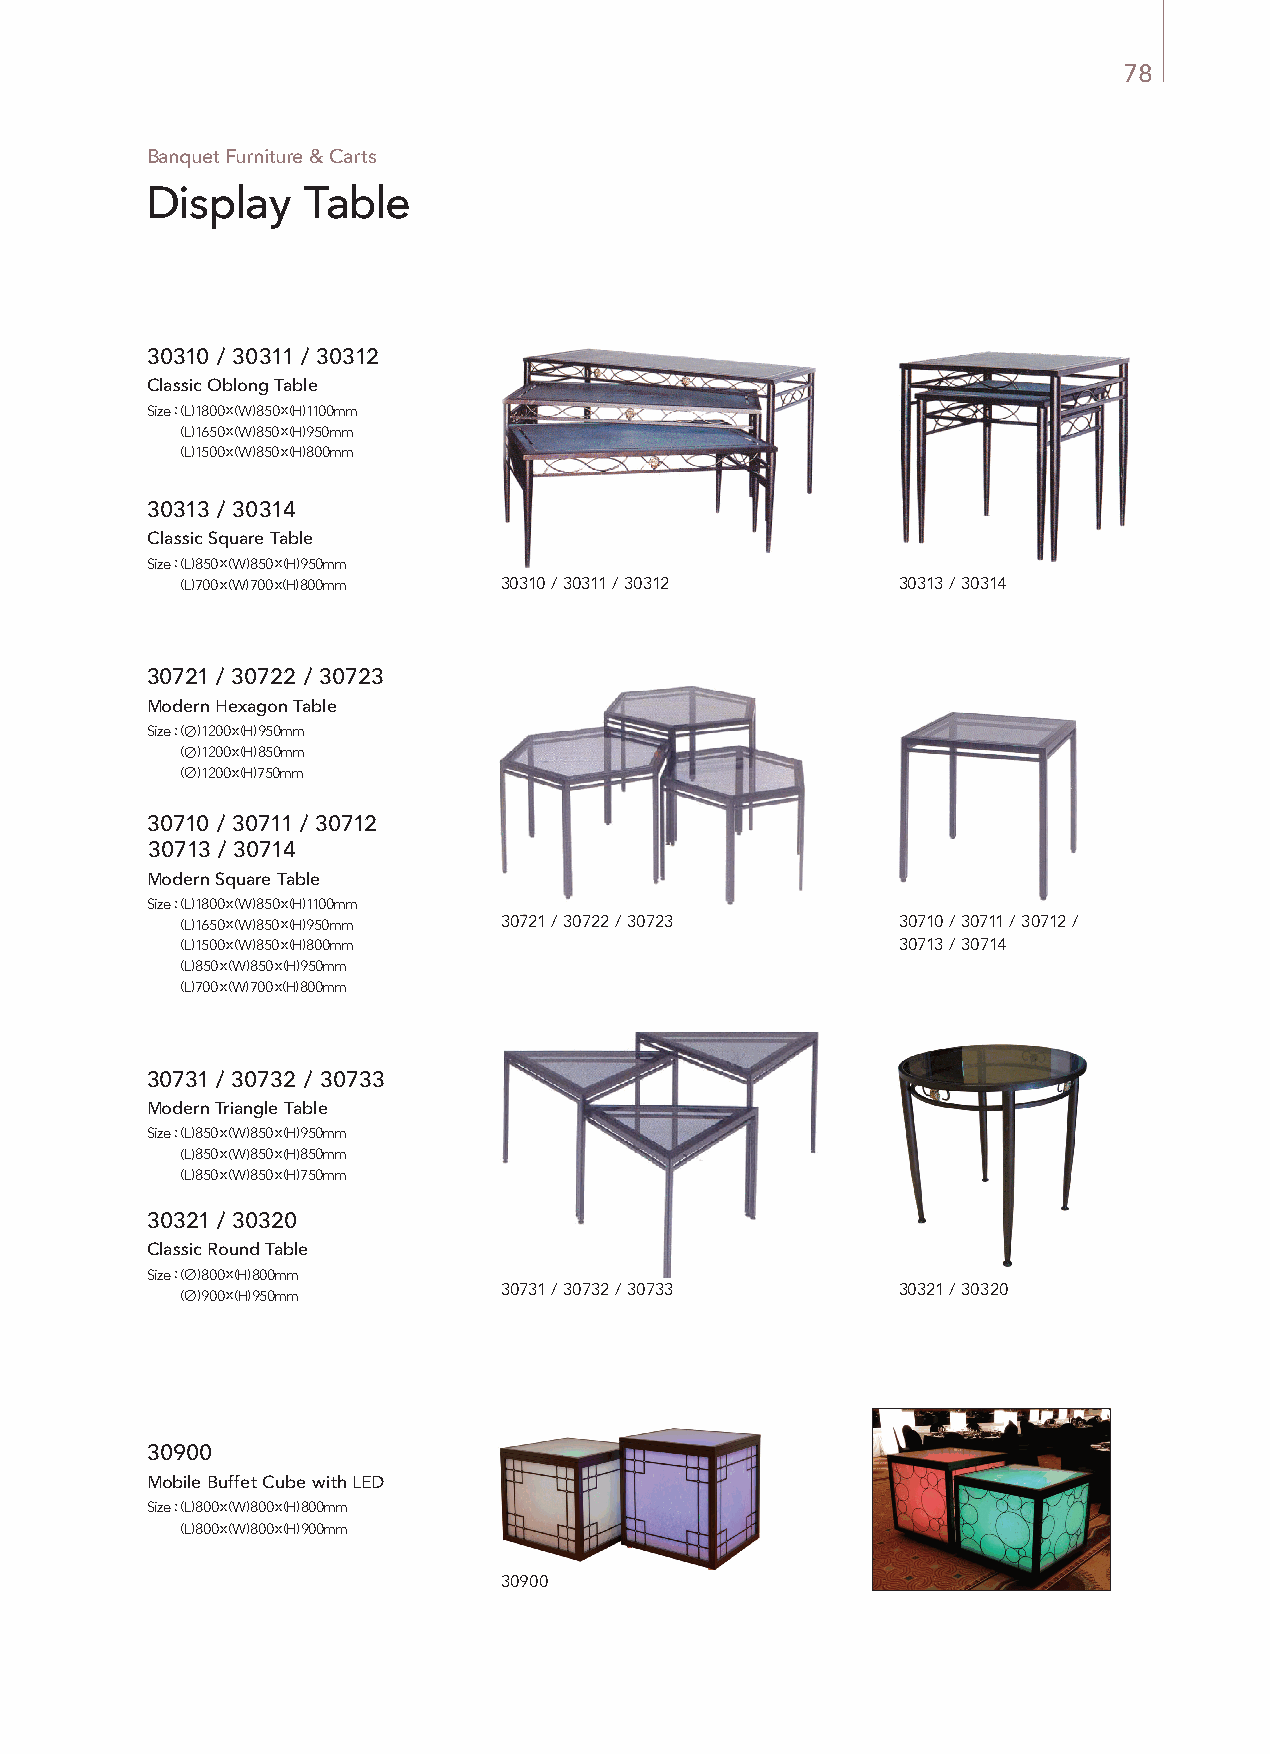
78
 Banquet Furniture & Carts
 Display   Table
 30310 / 30311 / 30312
 Classic Oblong Table
 Size : (L) 1800 x (W) 850 x (H) 1100mm
 Size : (L) 1650 x (W) 850 x (H) 950mm
 Size : (L) 1500 x (W) 850 x (H) 800mm
 30313 / 30314
 Classic Square Table
 Size : (L) 850 x (W) 850 x (H) 950mm
 Size : (L) 700 x (W) 700 x (H) 800mm 30310 / 30311 / 30312 30313 / 30314
 30721 / 30722 / 30723
 Modern Hexagon Table
 Size : (∅) 1200 x (H) 950mm
 Size : (∅) 1200 x (H) 850mm
 Size : (∅) 1200 x (H) 750mm
 30710 / 30711 / 30712
 30713 / 30714
 Modern Square Table
 Size : (L) 1800 x (W) 850 x (H) 1100mm
 Size : (L) 1650 x (W) 850 x (H) 950mm 30721 / 30722 / 30723 30710 / 30711 / 30712 /
 Size : (L) 1500 x (W) 850 x (H) 800mm            30713 / 30714
 Size : (L) 850 x (W) 850 x (H) 950mm
 Size : (L) 700 x (W) 700 x (H) 800mm
 30731 / 30732 / 30733
 Modern Triangle Table
 Size : (L) 850 x (W) 850 x (H) 950mm
 Size : (L) 850 x (W) 850 x (H) 850mm
 Size : (L) 850 x (W) 850 x (H) 750mm
 30321 / 30320
 Classic Round Table
 Size : (∅) 800 x (H) 800mm
 Size : (∅) 900 x (H) 950mm 30731 / 30732 / 30733 30321 / 30320
 30900
 Mobile Buffet Cube with LED
 Size : (L) 800 x (W) 800 x (H) 800mm
 Size : (L) 800 x (W) 800 x (H) 900mm
 30900